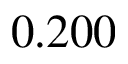
0 . 2 0 0